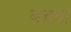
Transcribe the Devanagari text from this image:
बडय़ा